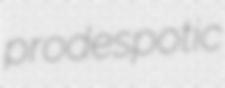
prodespotic